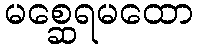
မစ္ဆေရမထော